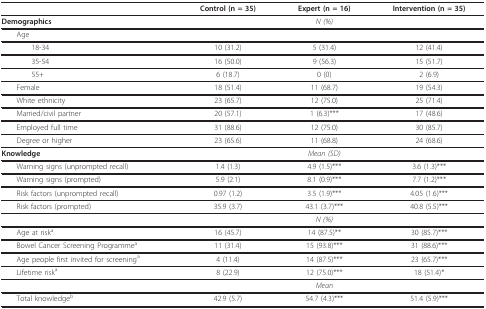
<table><thead><tr><td></td><td><b>Control (n = 35)</b></td><td><b>Expert (n = 16)</b></td><td><b>Intervention (n = 35)</b></td></tr></thead><tbody><tr><td><b>Demographics</b></td><td></td><td><i>N (%)</i></td><td></td></tr><tr><td> Age</td><td></td><td></td><td></td></tr><tr><td>18-34</td><td>10 (31.2)</td><td>5 (31.4)</td><td>12 (41.4)</td></tr><tr><td>35-54</td><td>16 (50.0)</td><td>9 (56.3)</td><td>15 (51.7)</td></tr><tr><td>55+</td><td>6 (18.7)</td><td>0 (0)</td><td>2 (6.9)</td></tr><tr><td> Female</td><td>18 (51.4)</td><td>11 (68.7)</td><td>19 (54.3)</td></tr><tr><td> White ethnicity</td><td>23 (65.7)</td><td>12 (75.0)</td><td>25 (71.4)</td></tr><tr><td> Married/civil partner</td><td>20 (57.1)</td><td>1 (6.3)***</td><td>17 (48.6)</td></tr><tr><td> Employed full time</td><td>31 (88.6)</td><td>12 (75.0)</td><td>30 (85.7)</td></tr><tr><td> Degree or higher</td><td>23 (65.6)</td><td>11 (68.8)</td><td>24 (68.6)</td></tr><tr><td><b>Knowledge</b></td><td></td><td><i>Mean (SD)</i></td><td></td></tr><tr><td> Warning signs (unprompted recall)</td><td>1.4 (1.3)</td><td>4.9 (1.5)***</td><td>3.6 (1.3)***</td></tr><tr><td> Warning signs (prompted)</td><td>5.9 (2.1)</td><td>8.1 (0.9)***</td><td>7.7 (1.2)***</td></tr><tr><td> Risk factors (unprompted recall)</td><td>0.97 (1.2)</td><td>3.5 (1.9)***</td><td>4.05 (1.6)***</td></tr><tr><td> Risk factors (prompted)</td><td>35.9 (3.7)</td><td>43.1 (3.7)***</td><td>40.8 (5.5)***</td></tr><tr><td></td><td></td><td><i>N (%)</i></td><td></td></tr><tr><td> Age at risk<sup>a</sup></td><td>16 (45.7)</td><td>14 (87.5)**</td><td>30 (85.7)***</td></tr><tr><td> Bowel Cancer Screening Programme<sup>a</sup></td><td>11 (31.4)</td><td>15 (93.8)***</td><td>31 (88.6)***</td></tr><tr><td> Age people first invited for screening<sup>a</sup></td><td>4 (11.4)</td><td>14 (87.5)***</td><td>23 (65.7)***</td></tr><tr><td> Lifetime risk<sup>a</sup></td><td>8 (22.9)</td><td>12 (75.0)***</td><td>18 (51.4)*</td></tr><tr><td></td><td></td><td><i>Mean</i></td><td></td></tr><tr><td> Total knowledge<sup>b</sup></td><td>42.9 (5.7)</td><td>54.7 (4.3)***</td><td>51.4 (5.9)***</td></tr></tbody></table>